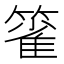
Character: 𰪖